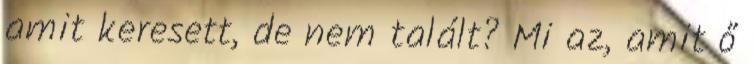
amit keresett, de nem talált? Mi az, amit ő